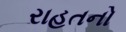
રાહતનો